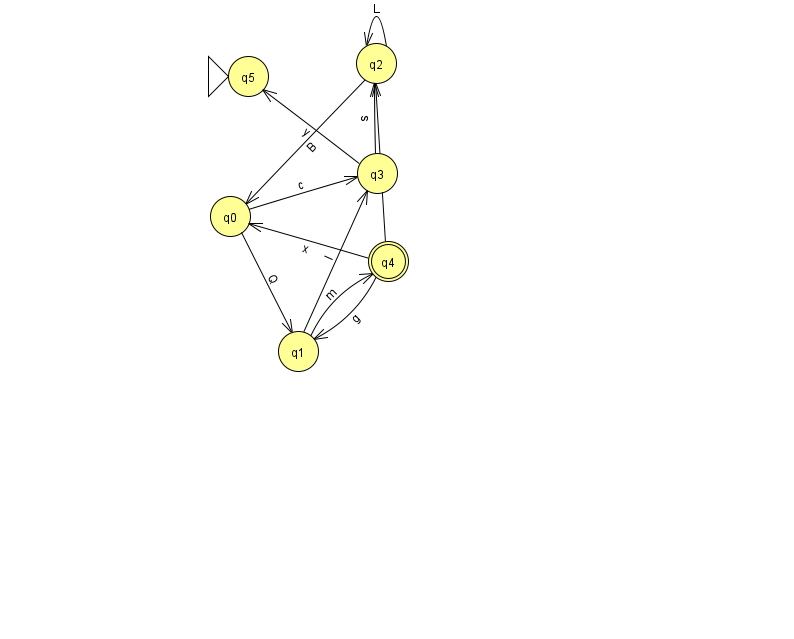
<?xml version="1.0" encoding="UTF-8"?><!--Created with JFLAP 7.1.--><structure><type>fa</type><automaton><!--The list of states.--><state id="0" name="q0"><x>230.0</x><y>203.0</y></state><state id="1" name="q1"><x>298.0</x><y>338.0</y></state><state id="2" name="q2"><x>376.0</x><y>50.0</y></state><state id="3" name="q3"><x>377.0</x><y>160.0</y></state><state id="4" name="q4"><x>388.0</x><y>248.0</y><final/></state><state id="5" name="q5"><x>248.0</x><y>63.0</y><initial/></state><!--The list of transitions.--><transition><from>4</from><to>0</to><read>x</read></transition><transition><from>3</from><to>2</to><read>s</read></transition><transition><from>4</from><to>1</to><read>g</read></transition><transition><from>4</from><to>2</to><read>W</read></transition><transition><from>3</from><to>5</to><read>y</read></transition><transition><from>0</from><to>1</to><read>Q</read></transition><transition><from>2</from><to>0</to><read>B</read></transition><transition><from>2</from><to>2</to><read>L</read></transition><transition><from>1</from><to>3</to><read>I</read></transition><transition><from>1</from><to>4</to><read>m</read></transition><transition><from>0</from><to>3</to><read>c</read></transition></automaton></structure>